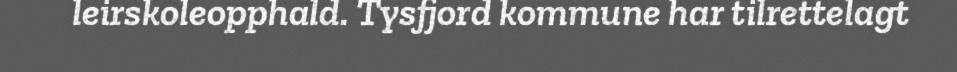
leirskoleopphald. Tysfjord kommune har tilrettelagt